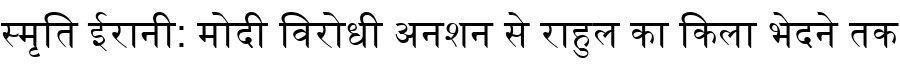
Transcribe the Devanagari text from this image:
स्मृति ईरानी: मोदी विरोधी अनशन से राहुल का किला भेदने तक